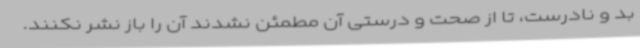
بد و نادرست، تا از صحت و درستی آن مطمئن نشدند آن را باز نشر نکنند.